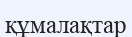
құмалақтар